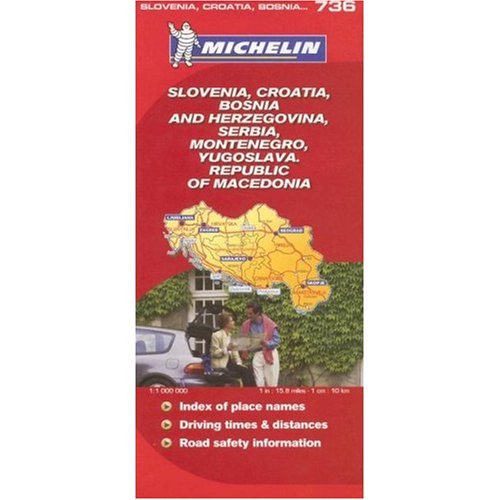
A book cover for Michelin Map No. 736 Slovenia, Croatia, Bosnia-Herzegovina; Travel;